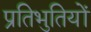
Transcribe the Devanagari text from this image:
प्रतिभुतियों